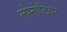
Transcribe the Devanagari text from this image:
ल्पेनोटियर